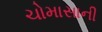
ચોમાસાની